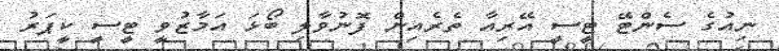
ނިއުގެ ސެންޓޭ ޓީސީ އޭރިއާ ތެރެއިން ފޮނުވާލި ބޯޅަ އަމާޒުވީ ޓީސީ ކީޕަރު